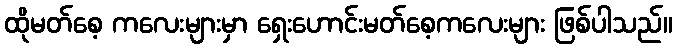
ထိုမတ်စေ့ ကလေးများမှာ ရှေးဟောင်းမတ်စေ့ကလေးများ ဖြစ်ပါသည်။